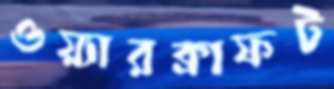
ওয়্যারক্রাফট